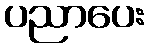
ပညာပေး